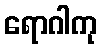
ရောဂါကု